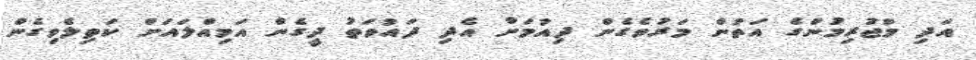
އަދި މުޖުރިމުންގެ އަތުން މަރުވެގެން ދިއުމަށް އެދި ދައުވަތު ދީގެން އަމިއްލައަށް ކަތިލެވިގެން